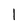
Character: 1